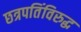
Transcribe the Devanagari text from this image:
छत्रपतिंविरुद्ध